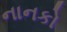
નાનકો